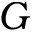
G